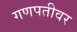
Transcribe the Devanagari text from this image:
गणपतीवर